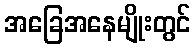
အခြေအနေမျိုးတွင်